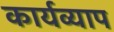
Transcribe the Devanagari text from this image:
कार्यव्याप